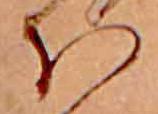
ほ